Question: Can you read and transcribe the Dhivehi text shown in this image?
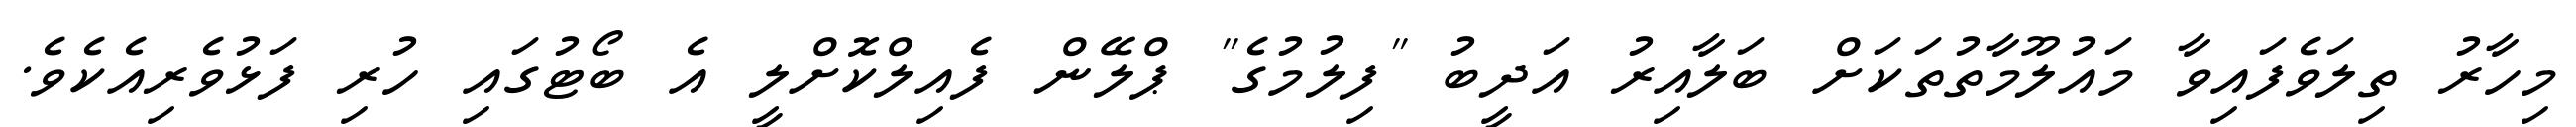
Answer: މިހާރު ތިލަވެފައިވާ މައުލޫމާތުތަކަށް ބަލާއިރު އަދީބު "ފިލުމުގެ" ޕްލޭން ފެއިލްކޮށްލީ އެ ބޯޓުގައި ހުރި ފަޅުވެރިއެކެވެ.